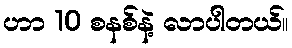
ဟာ 10 စနစ်နဲ့ လာပါတယ်။